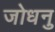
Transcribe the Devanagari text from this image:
जोधनु